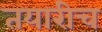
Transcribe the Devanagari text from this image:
तयारीच